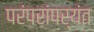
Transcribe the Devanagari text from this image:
परंपरांपर्यंत